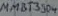
Text: MMBT3904